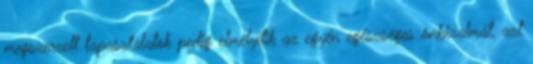
megszerzett tapasztalatok pedig elmélyítik az egyén egészséges önbizalmát, azt